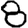
Digit: 8